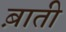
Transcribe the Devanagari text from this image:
ब़ाती